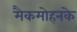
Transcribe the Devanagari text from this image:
मैकमोहनके